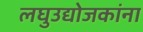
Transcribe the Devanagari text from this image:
लघुउद्योजकांना